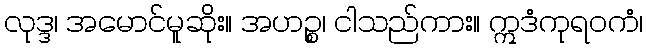
လုဒ္ဒ၊ အမောင်မူဆိုး။ အဟဉ္စ၊ ငါသည်ကား။ ဣဒံကုရဝကံ၊